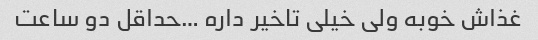
غذاش خوبه ولی خیلی تاخیر داره …حداقل دو ساعت